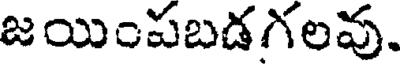
జయింపబడగలవు.